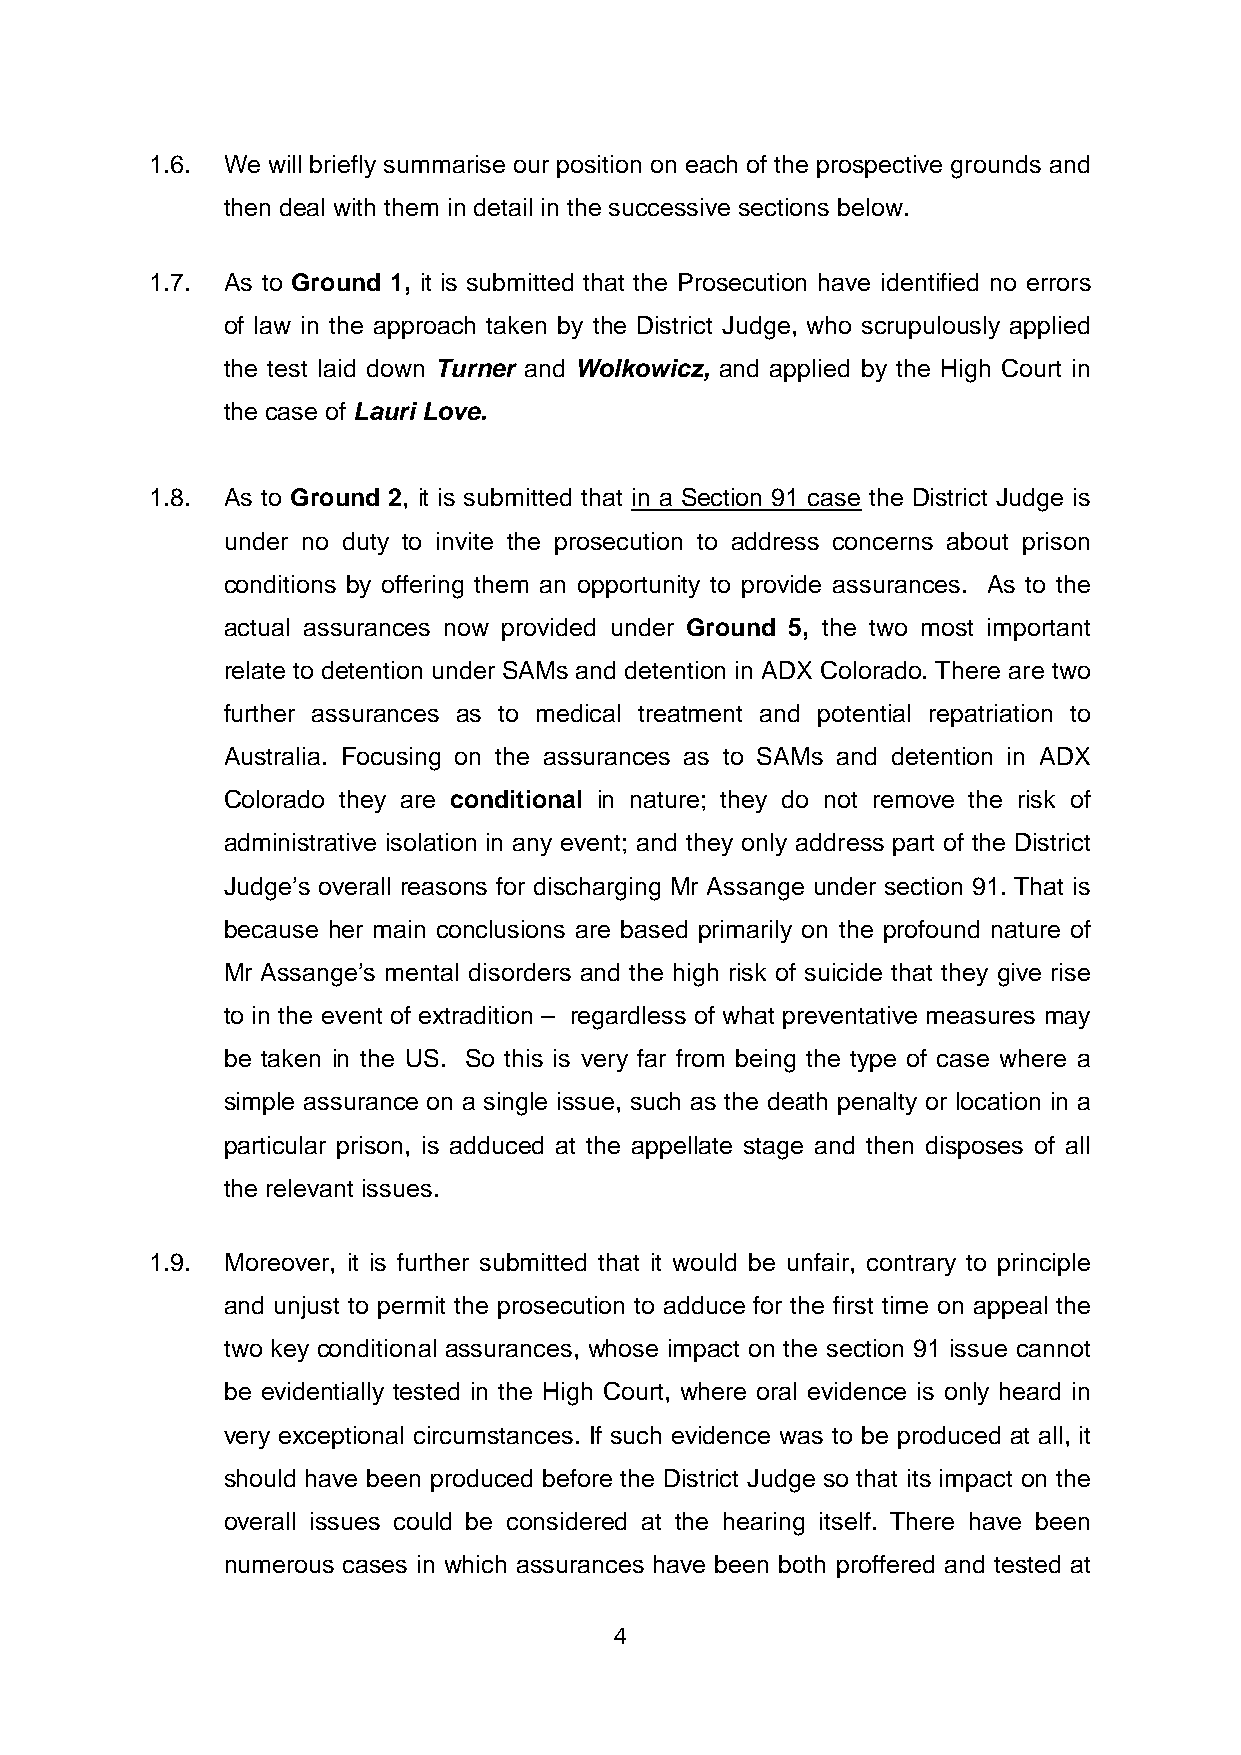
1.6. We will briefly summarise our position on each of the prospective grounds and
 then deal with them in detail in the successive sections below.
 1.7. As to Ground 1, it is submitted that the Prosecution have identified no errors
 of law in the approach taken by the District Judge, who scrupulously applied
 the test laid down Turner and Wolkowicz, and applied by the High Court in
 the case of Lauri Love.
 1.8. As to Ground 2, it is submitted that in a Section 91 case the District Judge is
 under no duty to invite the prosecution to address concerns about prison
 conditions by offering them an opportunity to provide assurances. As to the
 actual assurances now provided under Ground 5, the two most important
 relate to detention under SAMs and detention in ADX Colorado. There are two
 further assurances as to medical treatment and potential repatriation to
 Australia. Focusing on the assurances as to SAMs and detention in ADX
 Colorado they are conditional in nature; they do not remove the risk of
 administrative isolation in any event; and they only address part of the District
 Judge’s overall reasons for discharging Mr Assange under section 91. That is
 because her main conclusions are based primarily on the profound nature of
 Mr Assange’s mental disorders and the high risk of suicide that they give rise
 to in the event of extradition – regardless of what preventative measures may
 be taken in the US. So this is very far from being the type of case where a
 simple assurance on a single issue, such as the death penalty or location in a
 particular prison, is adduced at the appellate stage and then disposes of all
 the relevant issues.
 1.9. Moreover, it is further submitted that it would be unfair, contrary to principle
 and unjust to permit the prosecution to adduce for the first time on appeal the
 two key conditional assurances, whose impact on the section 91 issue cannot
 be evidentially tested in the High Court, where oral evidence is only heard in
 very exceptional circumstances. If such evidence was to be produced at all, it
 should have been produced before the District Judge so that its impact on the
 overall issues could be considered at the hearing itself. There have been
 numerous cases in which assurances have been both proffered and tested at
 4